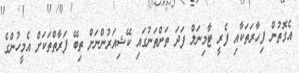
އެގޮތުން ފިހާރަތަކާއި ފެރީ ޓާމިނަލް ފަދަ ތަންތަނުގައި ކޭޝިއަރުންނަށް ތިބޭ ފަރާތްތަކަށް އެމީހުންގެ